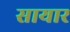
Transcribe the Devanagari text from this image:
सायार